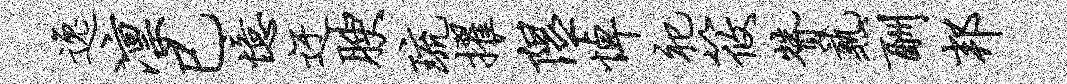
逸凛巳忆迂腴琉擢隰悼祀筱赞熟酬邦